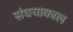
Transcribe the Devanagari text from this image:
संघयाकाल